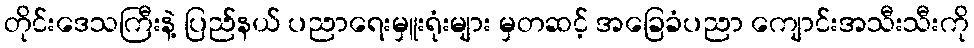
တိုင်းဒေသကြီးနဲ့ ပြည်နယ် ပညာရေးမှူးရုံးများ မှတဆင့် အခြေခံပညာ ကျောင်းအသီးသီးကို